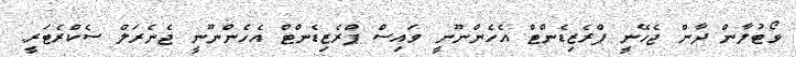
ވޯޓުލާން ދާން ޖެހޭނީ ޕްރެޒިޑެންޓް އެހެންނޫނީ ވައިސް ޕްރެޒިޑެންޓް އެހެންނޫނީ ޖެނެރަލް ސެކްރެޓަރީ.